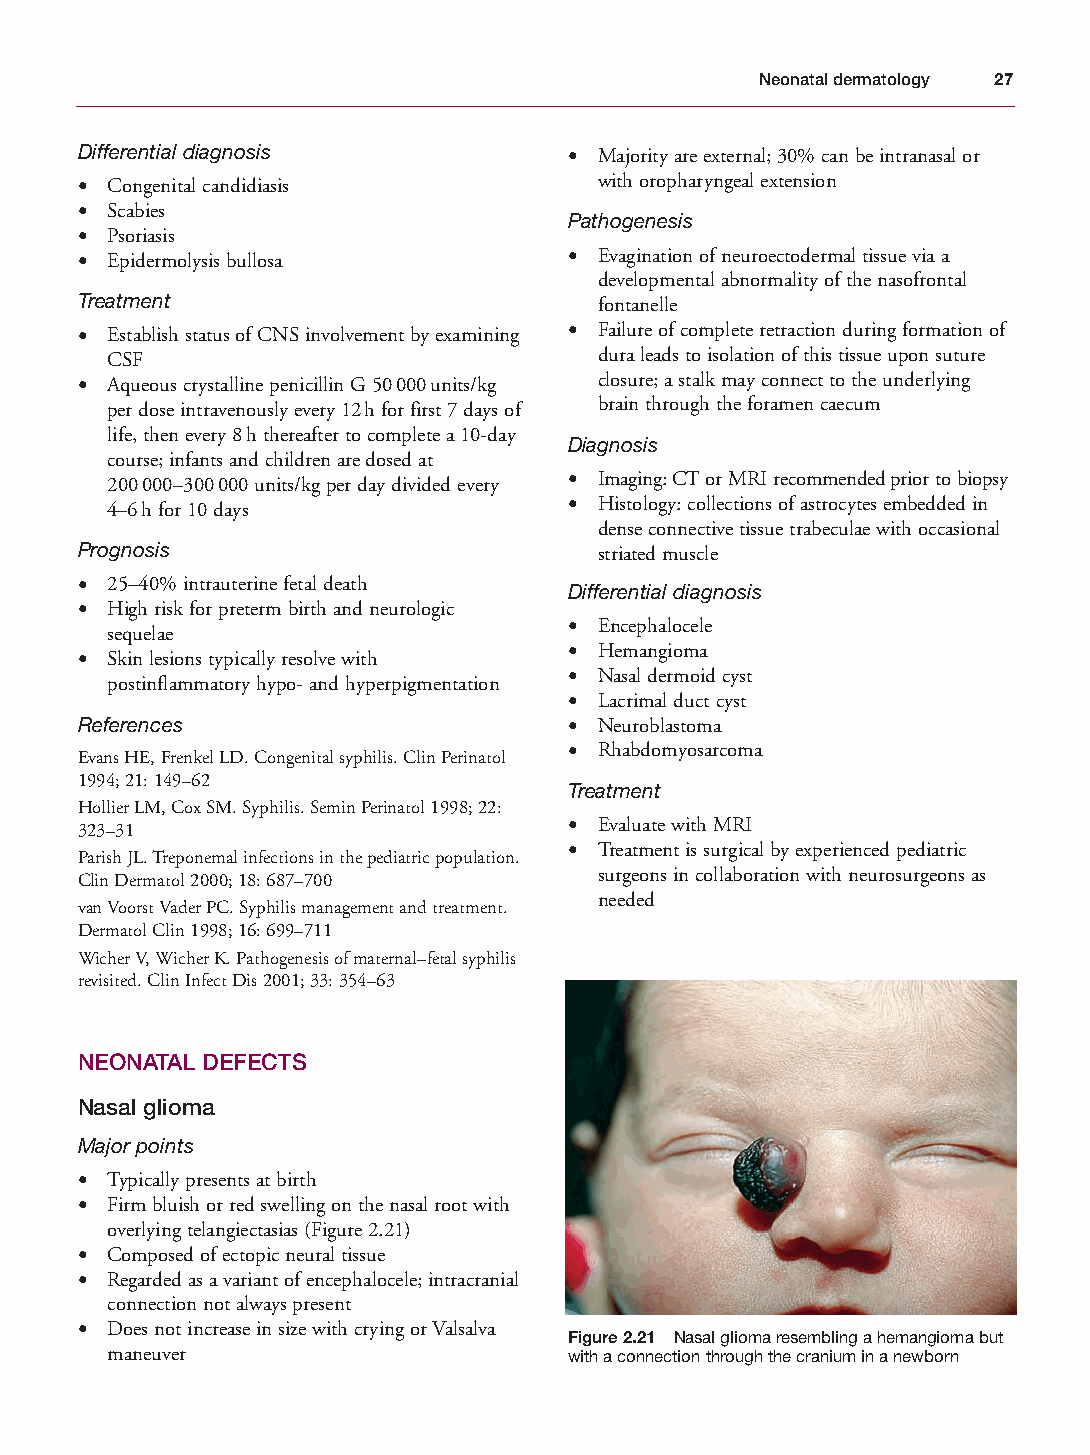
Mallory Chapter 02 27/1/05 1:20 pm Page 27
 Neonatal dermatology 27
 Differential diagnosis           • Majority are external; 30% can be intranasal or
 • Congenital candidiasis           with oropharyngeal extension
 • Scabies
 Pathogenesis
 • Psoriasis
 • Epidermolysis bullosa          • Evagination of neuroectodermal tissue via a
 developmental abnormality of the nasofrontal
 Treatment                          fontanelle
 • Establish status of CNS involvement by examining • Failure of complete retraction during formation of
 CSF                              dura leads to isolation of this tissue upon suture
 • Aqueous crystalline penicillin G 50000units/kg closure; a stalk may connect to the underlying
 per dose intravenously every 12h for first 7 days of brain through the foramen caecum
 life, then every 8h thereafter to complete a 10-day
 Diagnosis
 course; infants and children are dosed at
 200000–300000 units/kg per day divided every • Imaging: CT or MRI recommended prior to biopsy
 4–6h for 10 days               • Histology: collections of astrocytes embedded in
 dense connective tissue trabeculae with occasional
 Prognosis                          striated muscle
 • 25–40% intrauterine fetal death
 Differential diagnosis
 • High risk for preterm birth and neurologic
 • Encephalocele
 sequelae
 • Hemangioma
 • Skin lesions typically resolve with
 • Nasal dermoid cyst
 postinflammatory hypo- and hyperpigmentation
 • Lacrimal duct cyst
 References                       • Neuroblastoma
 • Rhabdomyosarcoma
 Evans HE, Frenkel LD. Congenital syphilis. Clin Perinatol
 1994; 21: 149–62
 Treatment
 Hollier LM, Cox SM. Syphilis. Semin Perinatol 1998; 22:
 323–31                           • Evaluate with MRI
 • Treatment is surgical by experienced pediatric
 Parish JL. Treponemal infections in the pediatric population.
 surgeons in collaboration with neurosurgeons as
 Clin Dermatol 2000; 18: 687–700
 needed
 van Voorst Vader PC. Syphilis management and treatment.
 Dermatol Clin 1998; 16: 699–711
 Wicher V, Wicher K. Pathogenesis of maternal–fetal syphilis
 revisited. Clin Infect Dis 2001; 33: 354–63
 NEONATAL DEFECTS
 Nasal glioma
 Major points
 • Typically presents at birth
 • Firm bluish or red swelling on the nasal root with
 overlying telangiectasias (Figure 2.21)
 • Composed of ectopic neural tissue
 • Regarded as a variant of encephalocele; intracranial
 connection not always present
 • Does not increase in size with crying or Valsalva
 Figure 2.21 Nasal glioma resembling a hemangioma but
 maneuver                       with a connection through the cranium in a newborn